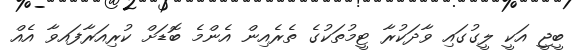
ބީޖީ އަކީ ލީގުގައި ވާދަކުރާ ޓީމުތަކުގެ ތެރެއިން އެންމެ ބޮޑަށް ކުރިއަރާފައވާ އެއް